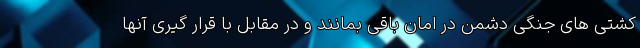
کشتی های جنگی دشمن در امان باقی بمانند و در مقابل با قرار گیری آنها